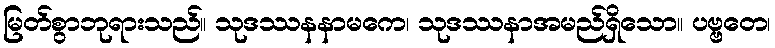
မြတ်စွာဘုရားသည်။ သုဒဿနနာမကေ၊ သုဒဿနာအမည်ရှိသော။ ပဗ္ဗတေ၊